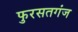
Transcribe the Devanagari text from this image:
फुरसतगंज